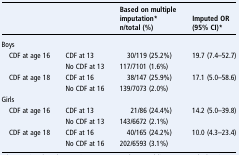
<table><thead><tr><td colspan="2"><b> </b></td><td><b>Based on multiple imputation*n/total (%)</b></td><td><b>Imputed OR (95% CI)*</b></td></tr></thead><tbody><tr><td colspan="4">Boys</td></tr><tr><td> CDF at age 16</td><td>CDF at 13</td><td>30/119 (25.2%)</td><td rowspan="2">19.7 (7.4–52.7)</td></tr><tr><td></td><td>No CDF at 13</td><td>117/7101 (1.6%)</td></tr><tr><td> CDF at age 18</td><td>CDF at 16</td><td>38/147 (25.9%)</td><td rowspan="2">17.1 (5.0–58.6)</td></tr><tr><td></td><td>No CDF at 16</td><td>139/7073 (2.0%)</td></tr><tr><td colspan="4">Girls</td></tr><tr><td> CDF at age 16</td><td>CDF at 13</td><td>21/86 (24.4%)</td><td rowspan="2">14.2 (5.0–39.8)</td></tr><tr><td></td><td>No CDF at 13</td><td>143/6672 (2.1%)</td></tr><tr><td> CDF at age 18</td><td>CDF at 16</td><td>40/165 (24.2%)</td><td rowspan="2">10.0 (4.3–23.4)</td></tr><tr><td></td><td>No CDF at 16</td><td>202/6593 (3.1%)</td></tr></tbody></table>